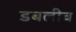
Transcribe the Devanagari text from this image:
डबलीव